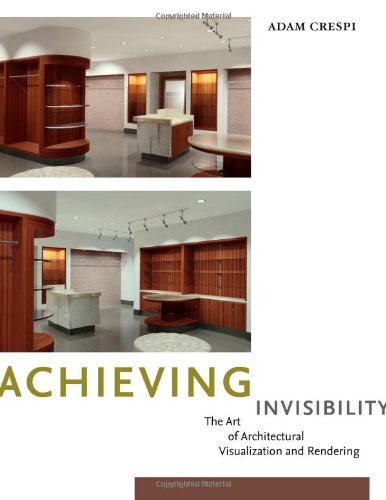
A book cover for Achieving Invisibility: The Art of Architectural Visualization and Rendering; Adam Crespi; Computers & Technology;